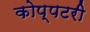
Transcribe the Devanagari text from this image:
कोप्पटरी